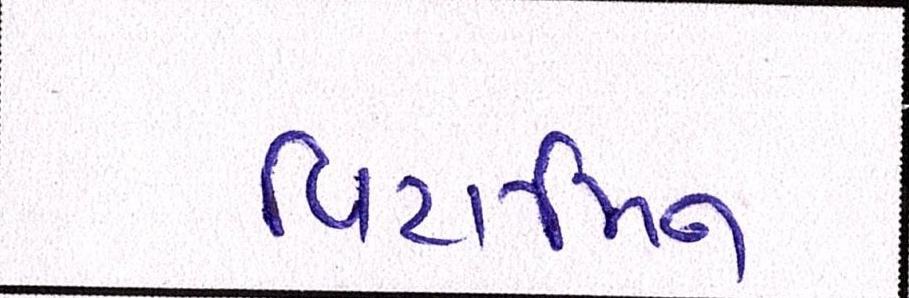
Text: વિટામિન